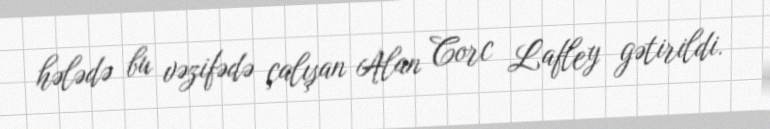
hələdə bu vəzifədə çalışan Alan Corc Lafley gətirildi.